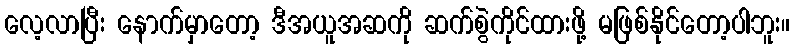
လေ့လာပြီး နောက်မှာတော့ ဒီအယူအဆကို ဆက်စွဲကိုင်ထားဖို့ မဖြစ်နိုင်တော့ပါဘူး။